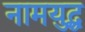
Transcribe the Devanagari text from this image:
नामयुद्ध